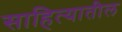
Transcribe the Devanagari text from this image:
साहित्‍यातील